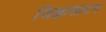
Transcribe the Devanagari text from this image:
जिज्ञासाटन